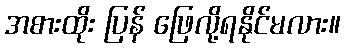
အစားထိုး ပြန် ဖြေလို့ရနိုင်မလား။